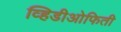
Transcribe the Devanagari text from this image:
व्हिडीओफिती